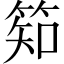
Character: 𥯌